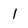
Character: l